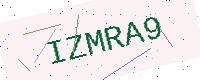
Text: IZMRA9